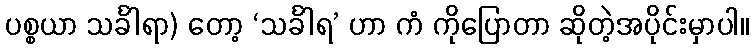
ပစ္စယာ သင်္ခါရာ) တော့ ‘သင်္ခါရ’ ဟာ ကံ ကိုပြောတာ ဆိုတဲ့အပိုင်းမှာပါ။